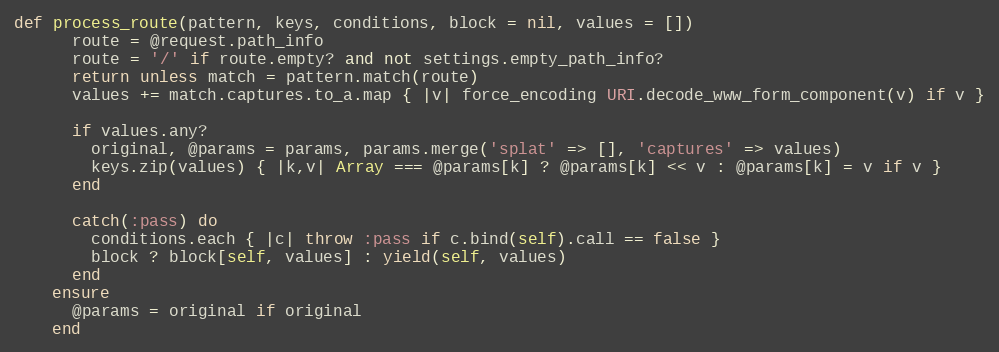
Language: Ruby
def process_route(pattern, keys, conditions, block = nil, values = [])
      route = @request.path_info
      route = '/' if route.empty? and not settings.empty_path_info?
      return unless match = pattern.match(route)
      values += match.captures.to_a.map { |v| force_encoding URI.decode_www_form_component(v) if v }

      if values.any?
        original, @params = params, params.merge('splat' => [], 'captures' => values)
        keys.zip(values) { |k,v| Array === @params[k] ? @params[k] << v : @params[k] = v if v }
      end

      catch(:pass) do
        conditions.each { |c| throw :pass if c.bind(self).call == false }
        block ? block[self, values] : yield(self, values)
      end
    ensure
      @params = original if original
    end